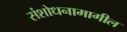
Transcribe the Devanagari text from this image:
संशोधनामागील